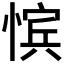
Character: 𪬚